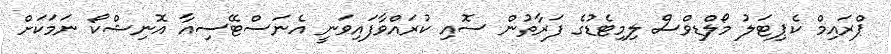
ޕްރައިމް ކެޕިޓަލު މޯލްޑިވްސް ލިމިޓެޑުގެ ފަރާތުން ސޮއި ކުރައްވާފައިވަނީ އެނަސްޓޭސިއާ އޮނިޝްކޯ ނަމަކަށް